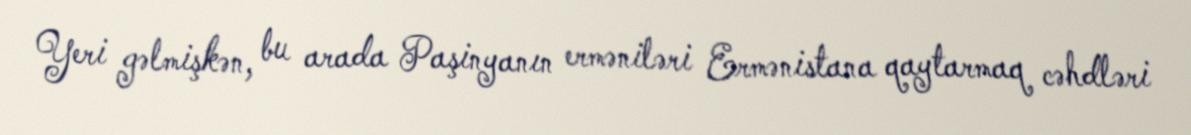
Yeri gəlmişkən, bu arada Paşinyanın erməniləri Ermənistana qaytarmaq cəhdləri